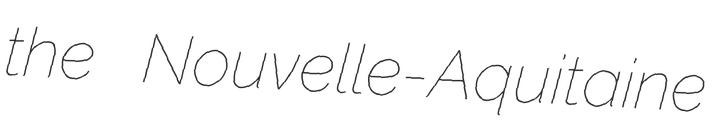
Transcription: the Nouvelle-Aquitaine